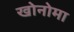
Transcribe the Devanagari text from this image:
खोनोमा